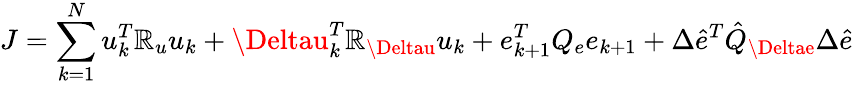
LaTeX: J=\sum_{k=1}^{N}u_{k}^{T}\mathbb{R}_{u}u_{k}+\Deltau_{k}^{T}\mathbb{R}_{\Deltau}u_{k}+e_{k+1}^{T}Q_{e}e_{k+1}+\Delta\hat{{e}}^{T}\hat{{Q}}_{\Deltae}\Delta\hat{{e}}